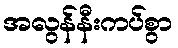
အလွန်နီးကပ်စွာ